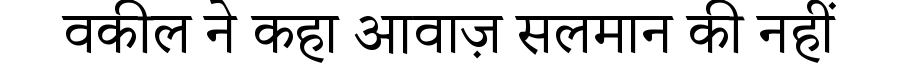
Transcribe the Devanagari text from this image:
वकील ने कहा आवाज़ सलमान की नहीं